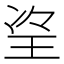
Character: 𱮼